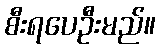
စီးရပေဦးမည်။